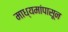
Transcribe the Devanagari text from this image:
माध्यमांपासून